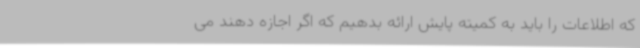
که اطلاعات را باید به کمیته پایش ارائه بدهیم که اگر اجازه دهند می